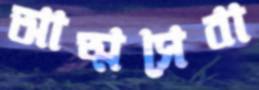
আত্মসেবা